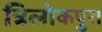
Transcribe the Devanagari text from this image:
त्रिलोकपुरा